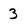
Character: 3